Indian journal of veterinary science and animal husbandry - Volume 11,
Year: 1941
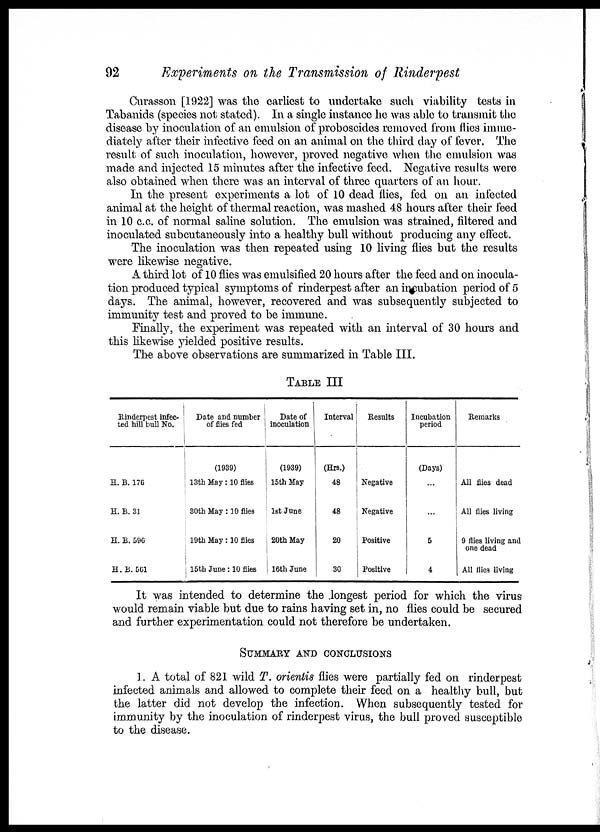
92
Experiments on the Transmission of Rinderpest
Curasson [1922] was the earliest to undertake such viability tests in
Tabanids (species not stated). In a single instance he was able to transmit the
disease by inoculation of an emulsion of proboscides removed from flies imme-
diately after their infective feed on an animal on the third day of fever. The
result of such inoculation, however, proved negative when the emulsion was
made and injected 15 minutes after the infective feed. Negative results were
also obtained when there was an interval of three quarters of an hour.
In the present experiments a lot of 10 dead flies, fed on an infected
animal at the height of thermal reaction, was mashed 48 hours after their feed
in 10 c.c. of normal saline solution. The emulsion was strained, filtered and
inoculated subcutaneously into a healthy bull without producing any eflfect.
The inoculation was then repeated using 10 living flies but the results
were likewise negative.
A third lot of 10 flies was emulsified 20 hours after the feed and on inocula-
tion produced typical symptoms of rinderpest after an incubation period of 5
days. The animal, however, recovered and was subsequently subjected to
immunity test and proved to be immune.
Finally, the experiment was repeated with an interval of 30 hours and
this likewise yielded positive results.
The above observations are summarized in Table III.
TABLE III
Rinderpest infec-
ted hill bull No.
H. B. 176
H. B. 31
H. B. 596
H.B. 561
Date and number
of flies fed
(1939)
13th May: 10 flies
30th May : 10 flies
19th May : 10 flies
15th June: 10 flies
Date of
inoculation
(1939)
15th May
1st June
20th May
16th June
Interval
(Hrs.)
48
48
20
30
Results
Negative
Negative
Positive
Positive
Incubation
period
(Days)
...
...
5
4
Remarks
All flies dead
All flies living
9 flies living and
one dead
All flies living
It was intended to determine the longest period for which the virus
would remain viable but due to rains having set in, no flies could be secured
and further experimentation could not therefore be undertaken.
SUMMARY AND CONCLUSIONS
1. A total of 821 wild T. orientis flies were partially fed on rinderpest
infected animals and allowed to complete their feed on a healthy bull, but
the latter did not develop the infection. When subsequently tested for
immunity by the inoculation of rinderpest virus, the bull proved susceptible
to the disease.